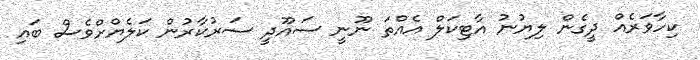
ކިހާވަރެއް ދީގެން ލިޔުނު އާޓިކަލް އެއްތަ ނޫނީ ސައޫދީ ސަރުކާރުން ކަލެޔްށްވެސް ބައި